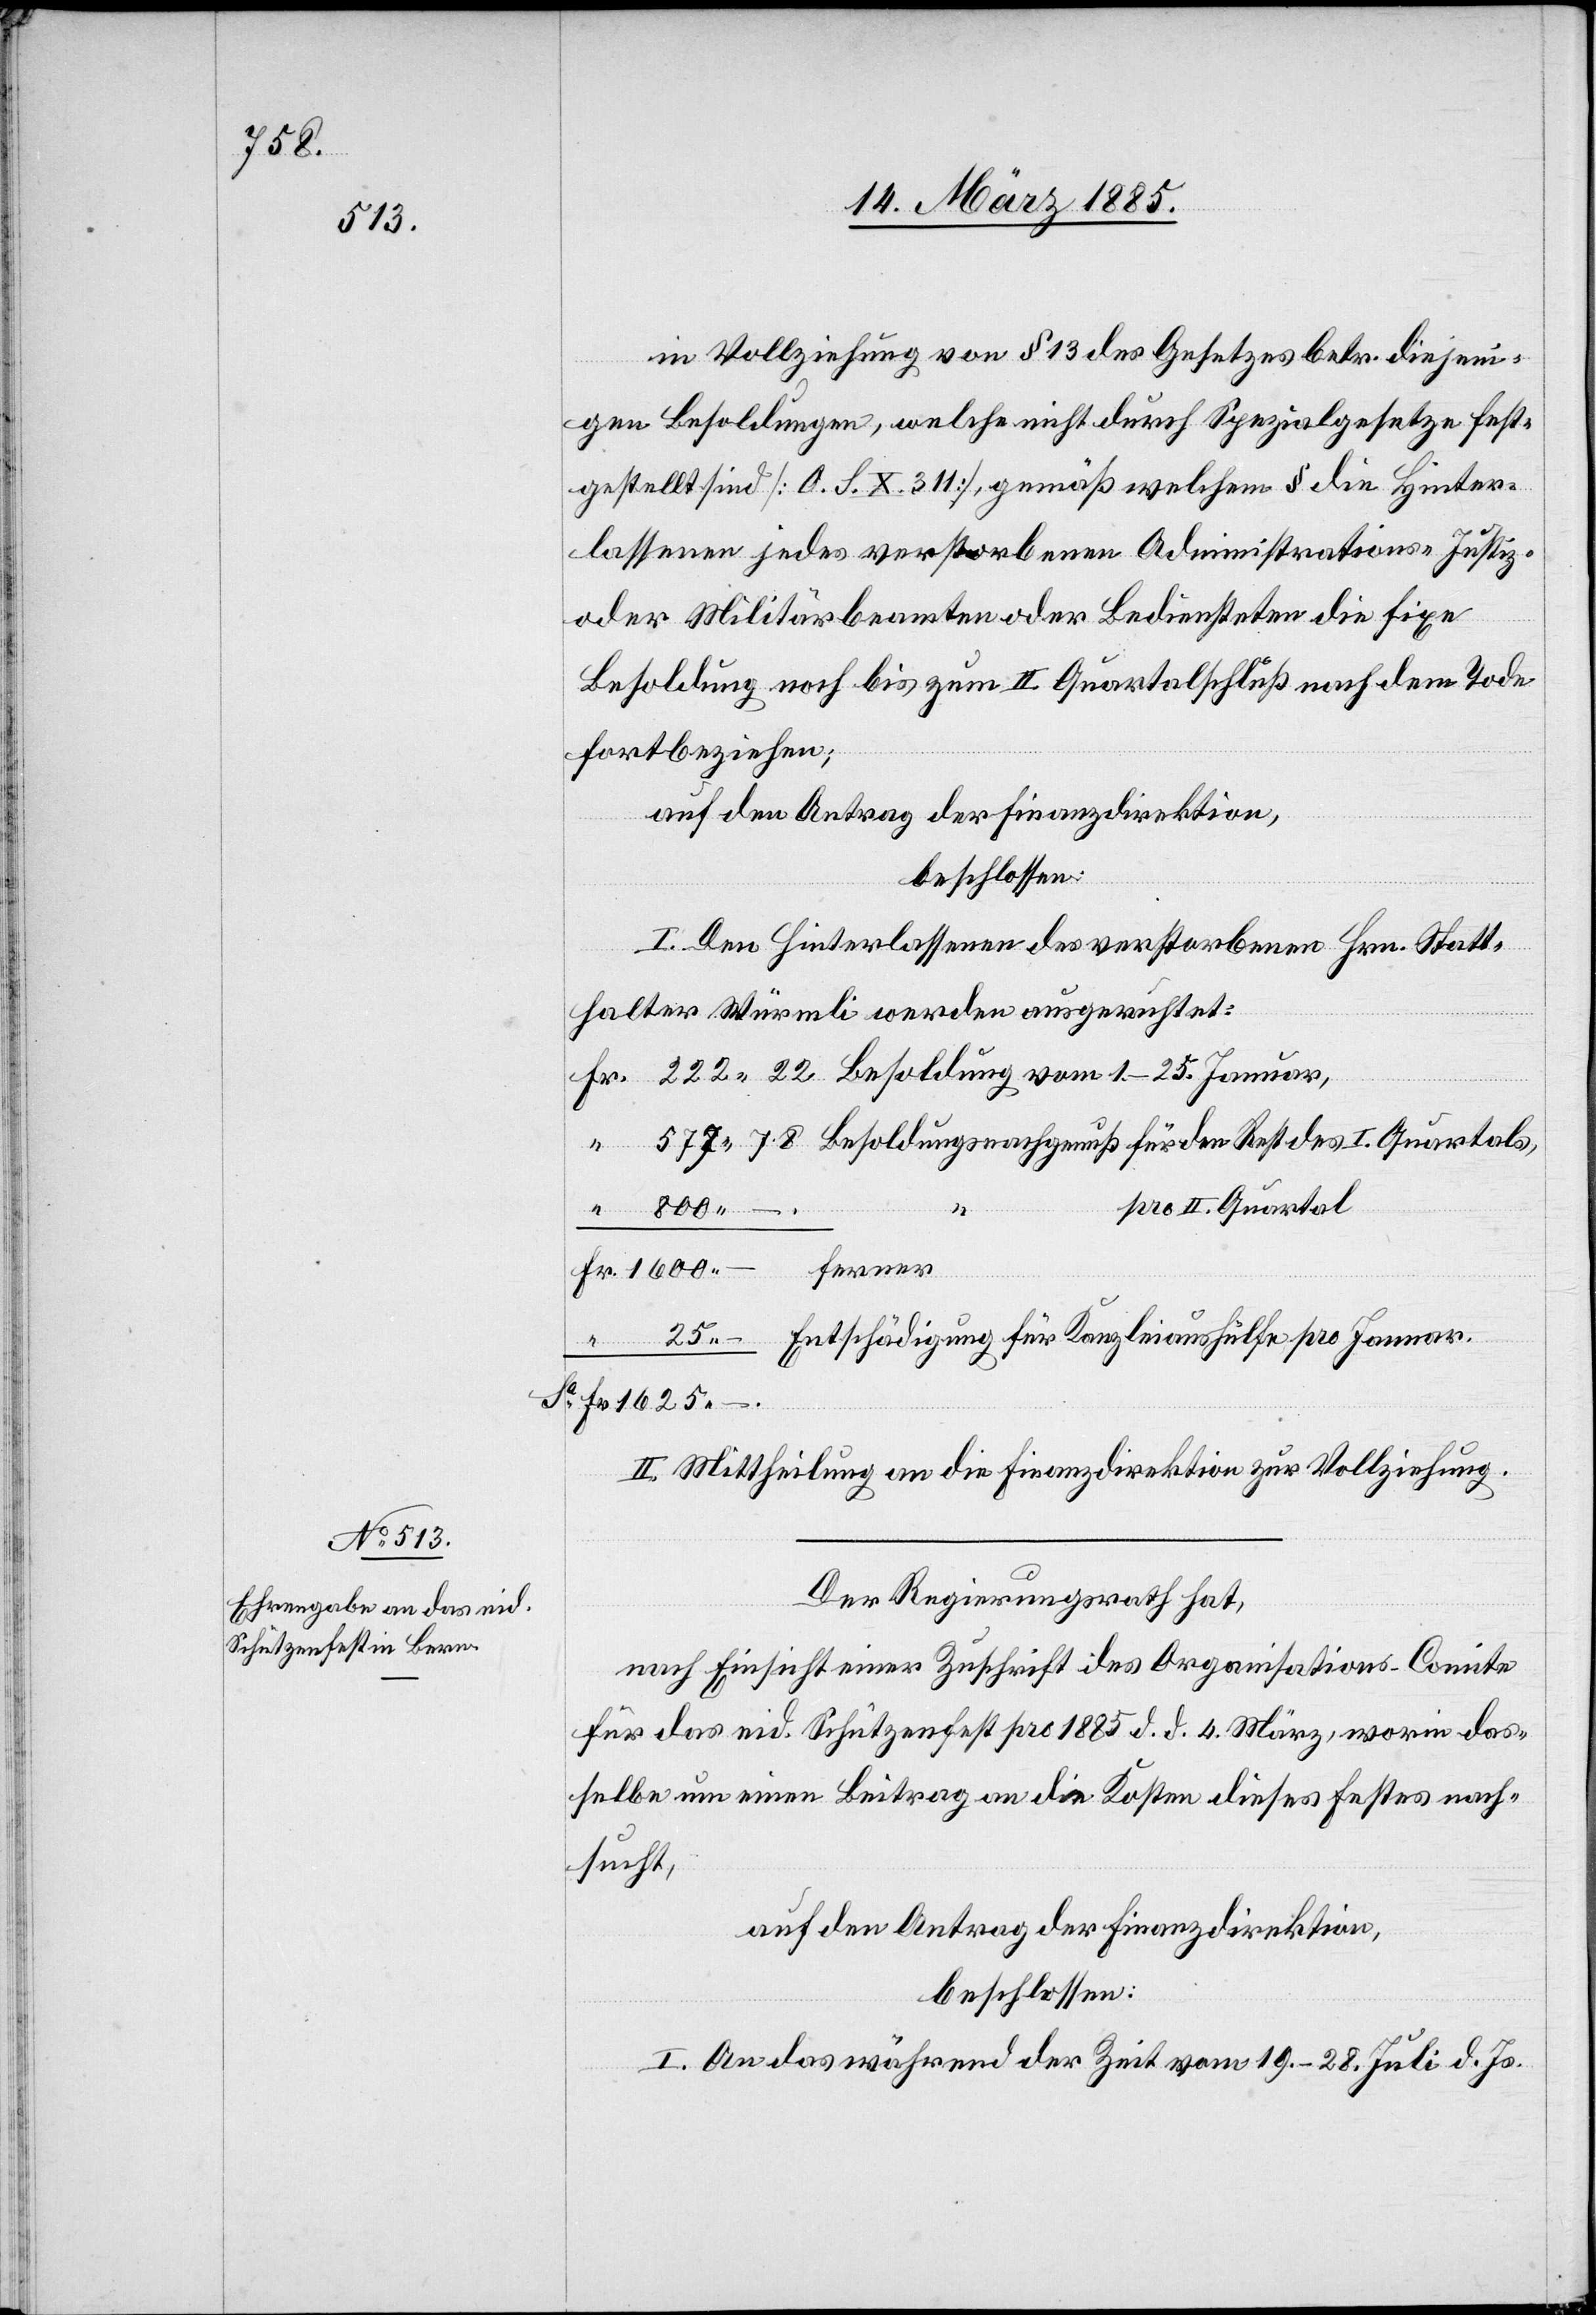
in Vollziehung von § 13 des Gesetzes betr. diejeni¬
gen Besoldungen, welche nicht durch Spezialgesetze fest¬
gestellt sind [O. S. X. 311], gemäß welchem § die Hinter¬
lassenen jedes verstorbenen Administrations-[,] Justiz-
oder Militärbeamten oder Bediensteten die fixe
Besoldung noch bis zum II. Quartalschluß nach dem Tode
fortbeziehen;
auf den Antrag der Finanzdirektion,
beschlossen:
I. Den Hinterlassenen des verstorbenen Hrn. Statt¬
halter Würmli werden ausgerichtet:
pro II. Quartal
22
ferner
Fr.
Entschädigung für Kanzleiaushülfe pro Januar.
II. Mittheilung an die Finanzdirektion zur Vollziehung.
Der Regierungsrath hat,
nach Einsicht einer Zuschrift des Organisations-Comite
für das eid. Schützenfest pro 1885 d. d. 4. März, worin das¬
selbe um einen Beitrag an die Kosten dieses Festes nach¬
sucht,
auf den Antrag der Finanzdirektion,
beschossen:
I. An das während der Zeit vom 19.–28. Juli d. Js.